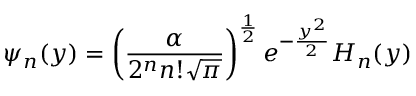
\psi _ { n } ( y ) = \left( \frac { \alpha } { 2 ^ { n } n ! \sqrt { \pi } } \right) ^ { \frac { 1 } { 2 } } e ^ { - \frac { y ^ { 2 } } { 2 } } H _ { n } ( y )